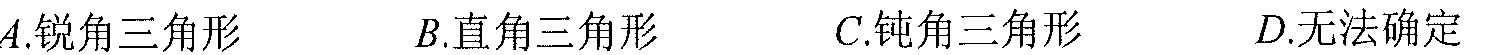
\(A.\)锐角三角形 \(\ \ \ \ \ B.\)直角三角形 \(\ \ \ \ \ C.\)钝角三角形 \(\ \ \ \ \ D.\)无法确定